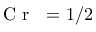
\mathrm { ~ \textit ~ { ~ C ~ r ~ } ~ } = 1 / 2